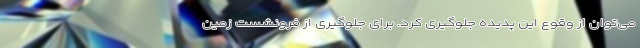
می‌توان از وقوع این پدیده جلوگیری کرد. برای جلوگیری از فرونشست زمین